38_143685_box7_Incident_Summaries_1-100
Agency: Department of War
Page 12
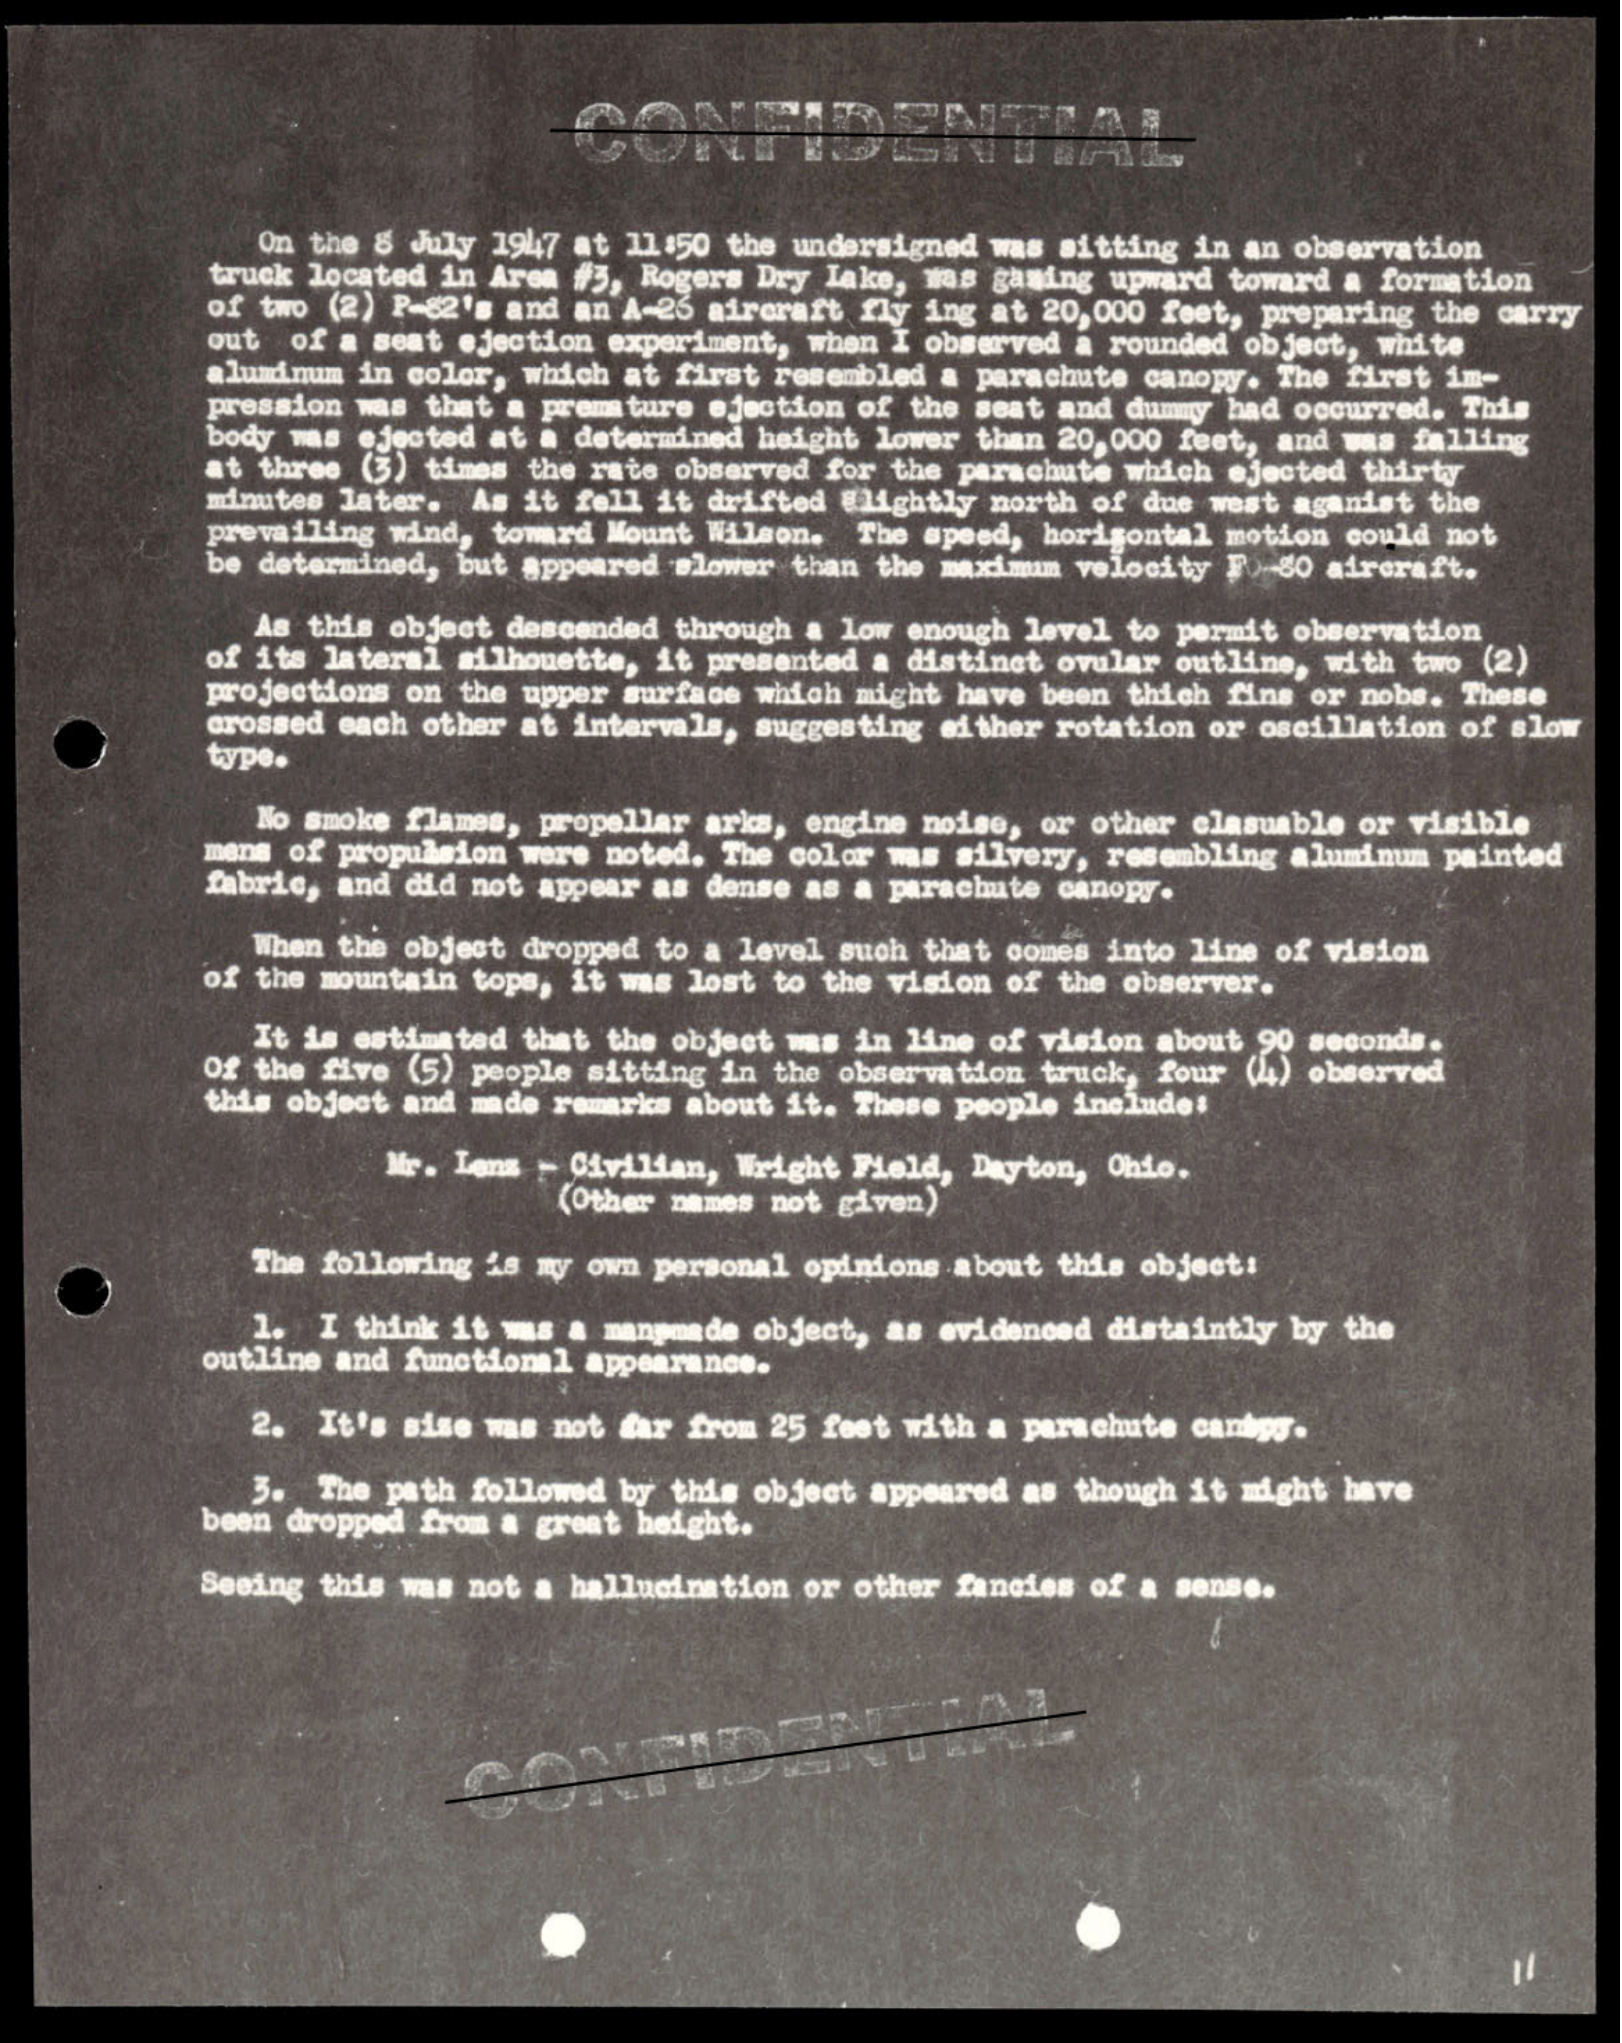